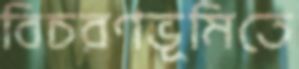
বিচরণভূমিতে